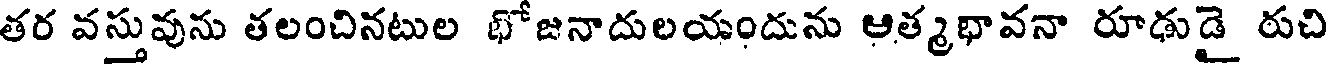
తర వస్తువును తలంచినటుల భోజనాదులయందును ఆత్మభావనా రూఢుడై రుచి